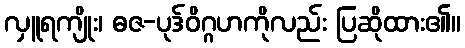
လှူရကျိုး၊ ဓဇ-ပုဒ်ဝိဂ္ဂဟကိုလည်း ပြဆိုထား၏။